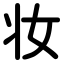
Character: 妆